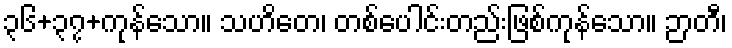
၃၆+၃၇+ကုန်သော။ သဟိတေ၊ တစ်ပေါင်းတည်းဖြစ်ကုန်သော။ ဉာတီ၊